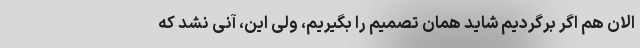
الان هم اگر برگردیم شاید همان تصمیم را بگیریم، ولی این، آنی نشد که